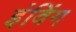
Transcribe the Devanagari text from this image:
इंविंग